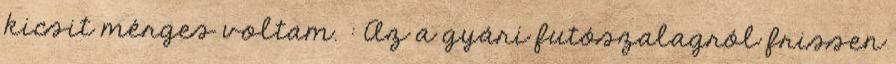
kicsit mérges voltam. : Az a gyári futószalagról frissen